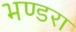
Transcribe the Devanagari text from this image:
भण्डरा